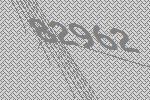
82962